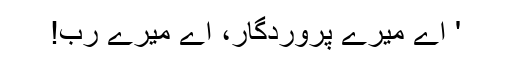
' اے میرے پروردگار، اے میرے رب!